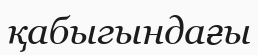
қабыгындағы